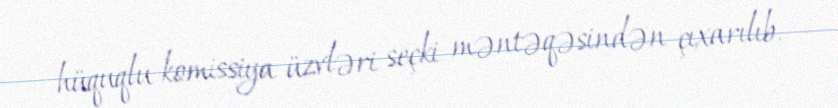
hüquqlu komissiya üzvləri seçki məntəqəsindən çıxarılıb.